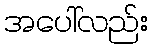
အပေါ်လည်း